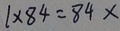
1 \times 8 4 = 8 4 x